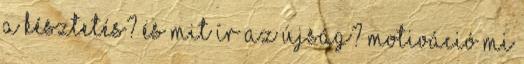
a késztetés? És mit ír az újság? Motiváció Mi